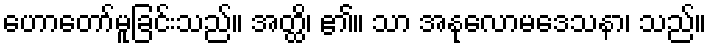
ဟောတော်မူခြင်းသည်။ အတ္ထိ၊ ၏။ သာ အနုလောမဒေသနာ၊ သည်။